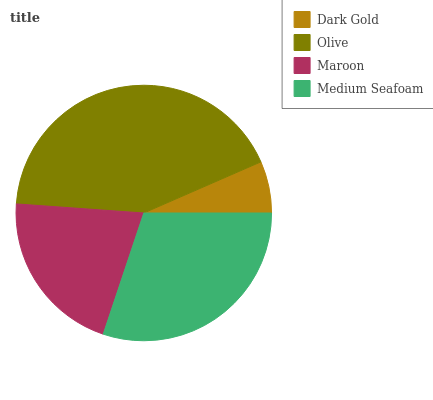
| Dark Gold | Olive | Maroon | Medium Seafoam |
 | --- | --- | --- | --- |
 | 6.54% | 42.3% | 21% | 30.1% |